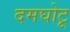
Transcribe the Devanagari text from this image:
दमघोटू